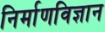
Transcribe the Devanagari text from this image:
निर्माणविज्ञान